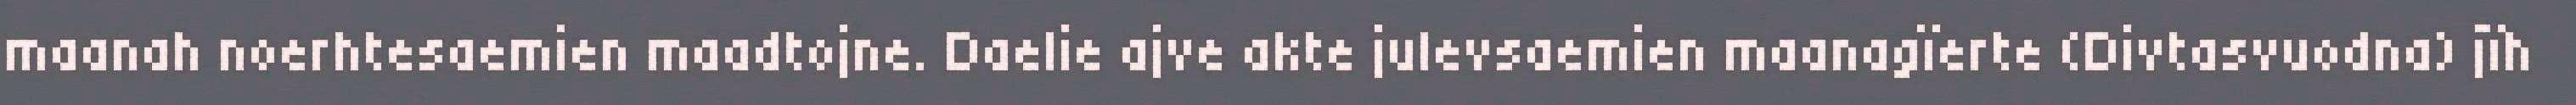
maanah noerhtesaemien maadtojne. Daelie ajve akte julevsaemien maanagïerte (Divtasvuodna) jïh